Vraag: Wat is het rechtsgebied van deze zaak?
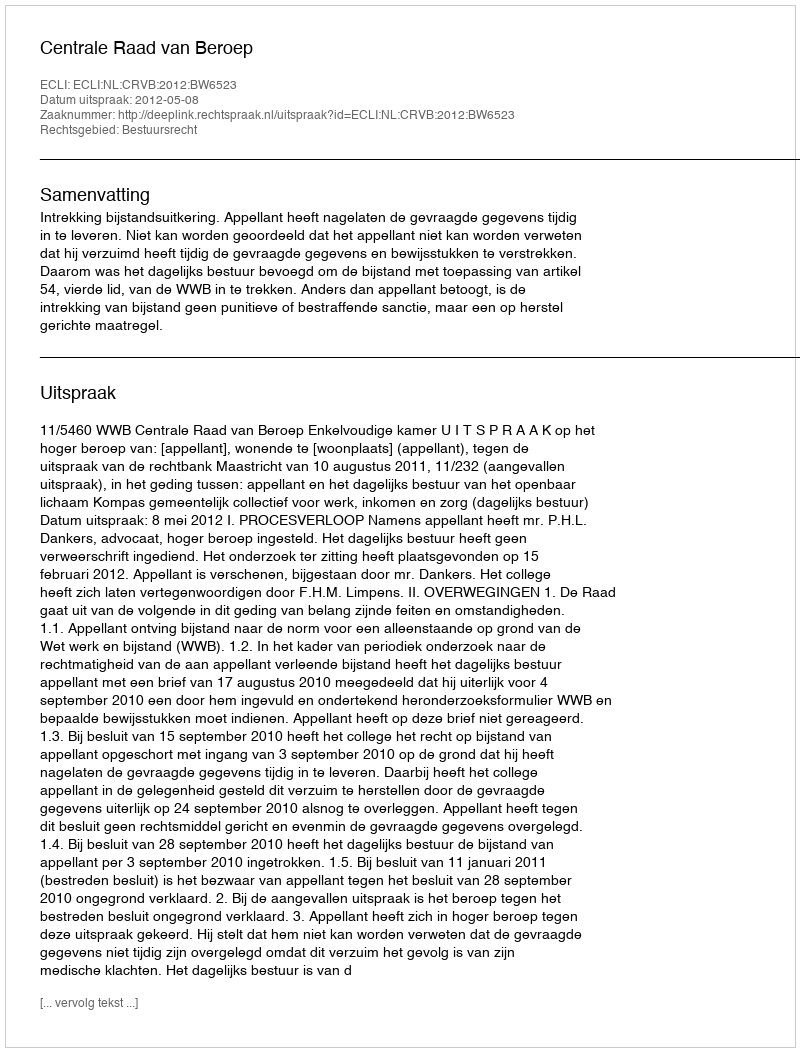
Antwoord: Bestuursrecht